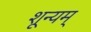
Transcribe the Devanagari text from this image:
शून्यम्